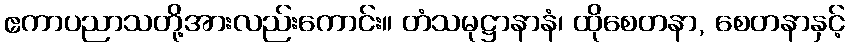
ဧကာပညာသတို့အားလည်းကောင်း။ တံသမုဋ္ဌာနာနံ၊ ထိုစေတနာ, စေတနာနှင့်